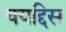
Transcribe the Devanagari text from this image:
चयद्दिस